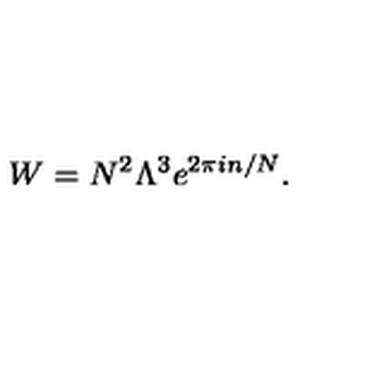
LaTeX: W = N ^ { 2 } \Lambda ^ { 3 } e ^ { 2 \pi i n / N } .